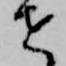
せ